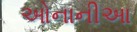
ઓનાનીઆ